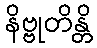
နိဗ္ဗုတိန္တိ